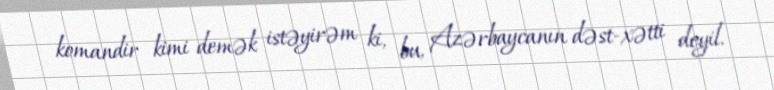
komandir kimi demək istəyirəm ki, bu, Azərbaycanın dəst-xətti deyil.